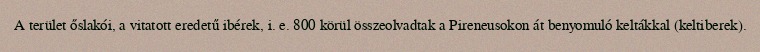
A terület őslakói, a vitatott eredetű ibérek, i. e. 800 körül összeolvadtak a Pireneusokon át benyomuló keltákkal (keltiberek).